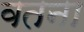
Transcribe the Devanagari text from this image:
वतना